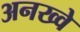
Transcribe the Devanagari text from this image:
अनख्वे